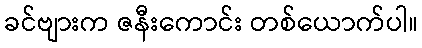
ခင်ဗျားက ဇနီးကောင်း တစ်ယောက်ပါ။